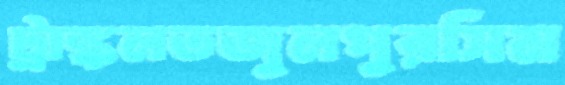
ট্রাঙ্কলতজুলপুরসিম